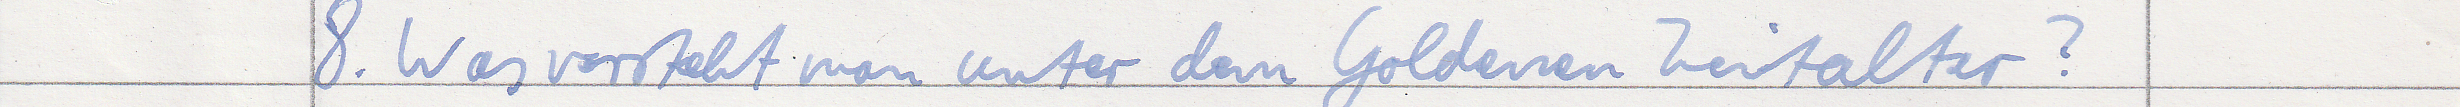
8. Was versteht man unter dem Goldenen Zeitalter?